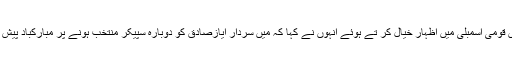
پیر کو یہاں قومی اسمبلی میں اظہار خیال کر تے ہوئے انہوں نے کہا کہ میں سردار ایازصادق کو دوبارہ سپیکر منتخب ہونے پر مبارکباد پیش کرتا ہوں ۔